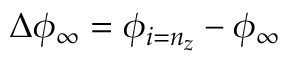
\Delta \phi _ { \infty } = \phi _ { i = n _ { z } } - \phi _ { \infty }